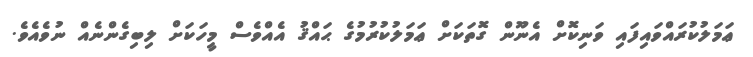
ޢަމަލުކުރައްވައިފައި ވަނިކޮށް އެނޫން ގޮތަކަށް ޢަމަލުކުރުމުގެ ޙައްޤު އެއްވެސް މީހަކަށް ލިބިގެންނެއް ނުވެއެވެ.